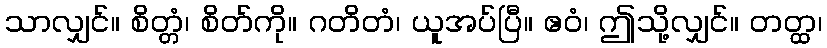
သာလျှင်။ စိတ္တံ၊ စိတ်ကို။ ဂတိတံ၊ ယူအပ်ပြီ။ ဧဝံ၊ ဤသို့လျှင်။ တတ္ထ၊